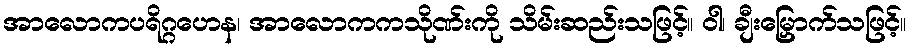
အာလောကပရိဂ္ဂဟေန၊ အာလောကကသိုဏ်းကို သိမ်းဆည်းသဖြင့်။ ဝါ၊ ချီးမြှောက်သဖြင့်။